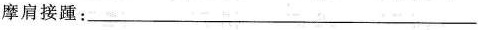
摩肩接踵:___